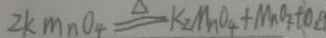
Z k m n o _ { 4 } \Delta q k _ { 2 } M n o _ { 4 } + M n o _ { 2 } + 0 . 8